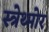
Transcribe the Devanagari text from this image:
स्त्रेथ्मोर